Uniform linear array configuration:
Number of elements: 12
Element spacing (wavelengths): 0.25
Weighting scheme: hann
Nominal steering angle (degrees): -45
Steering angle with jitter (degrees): -46.729
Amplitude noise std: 0.05
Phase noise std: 0.05

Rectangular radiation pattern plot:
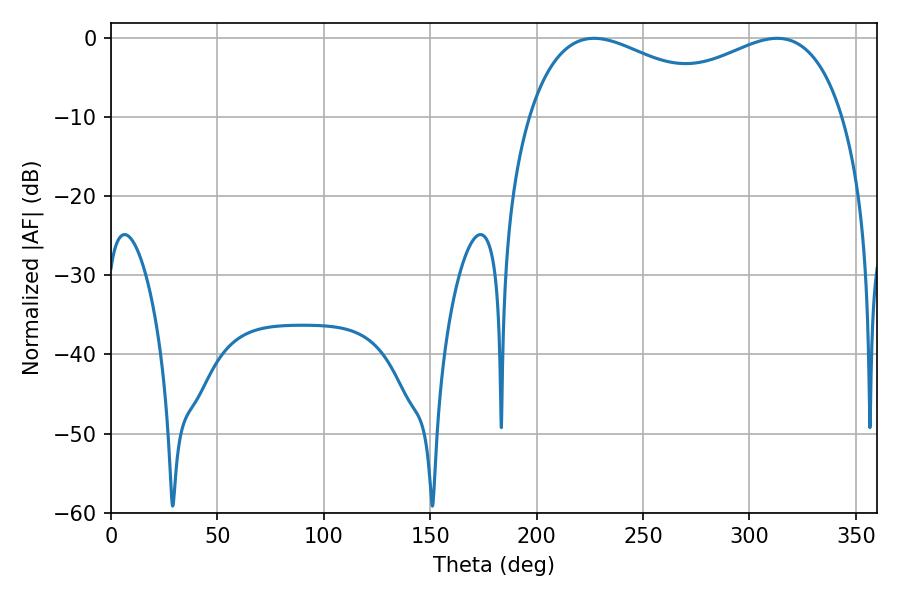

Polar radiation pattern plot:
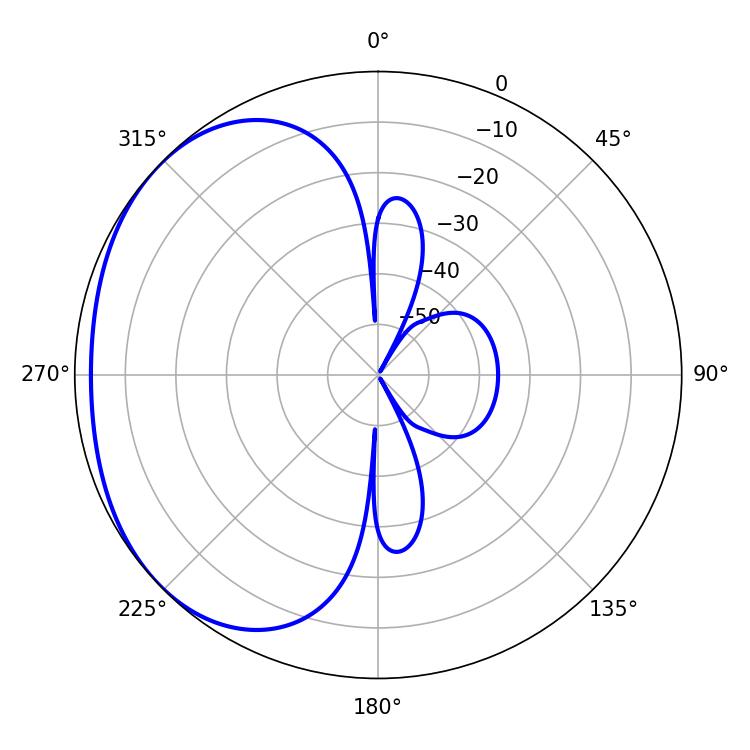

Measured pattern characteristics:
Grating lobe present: FALSE
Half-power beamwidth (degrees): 54.54
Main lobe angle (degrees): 313.02